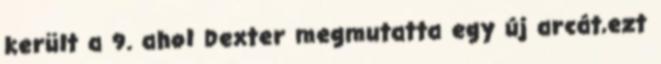
került a 9. ahol Dexter megmutatta egy új arcát,ezt